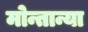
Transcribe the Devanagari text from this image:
मोन्तान्या